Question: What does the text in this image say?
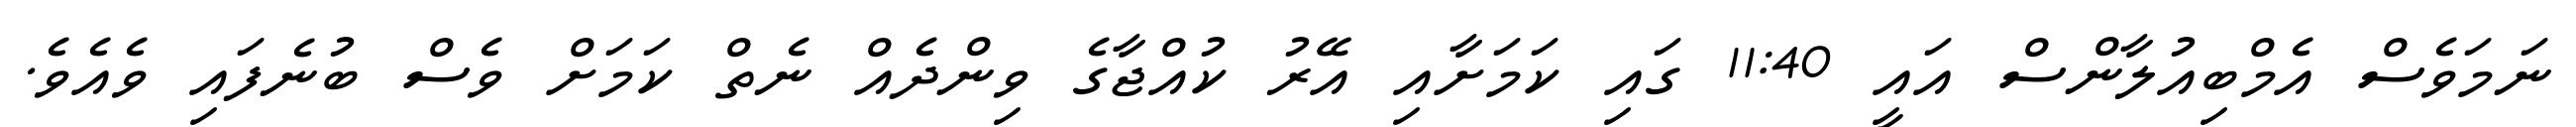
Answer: ނަމަވެސް އެމްބިއުލާންސް އައީ 11:40 ގައި ކަމަށާއި އޭރު ކުއްޖާގެ ވިންދެއް ނެތް ކަމަށް ވެސް ބުނެފައި ވެއެވެ.